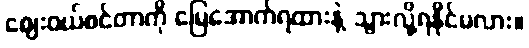
ဈေးဝယ်စင်တာကို မြေအောက်ရထားနဲ့ သွားလို့ရနိုင်မလား။